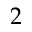
2